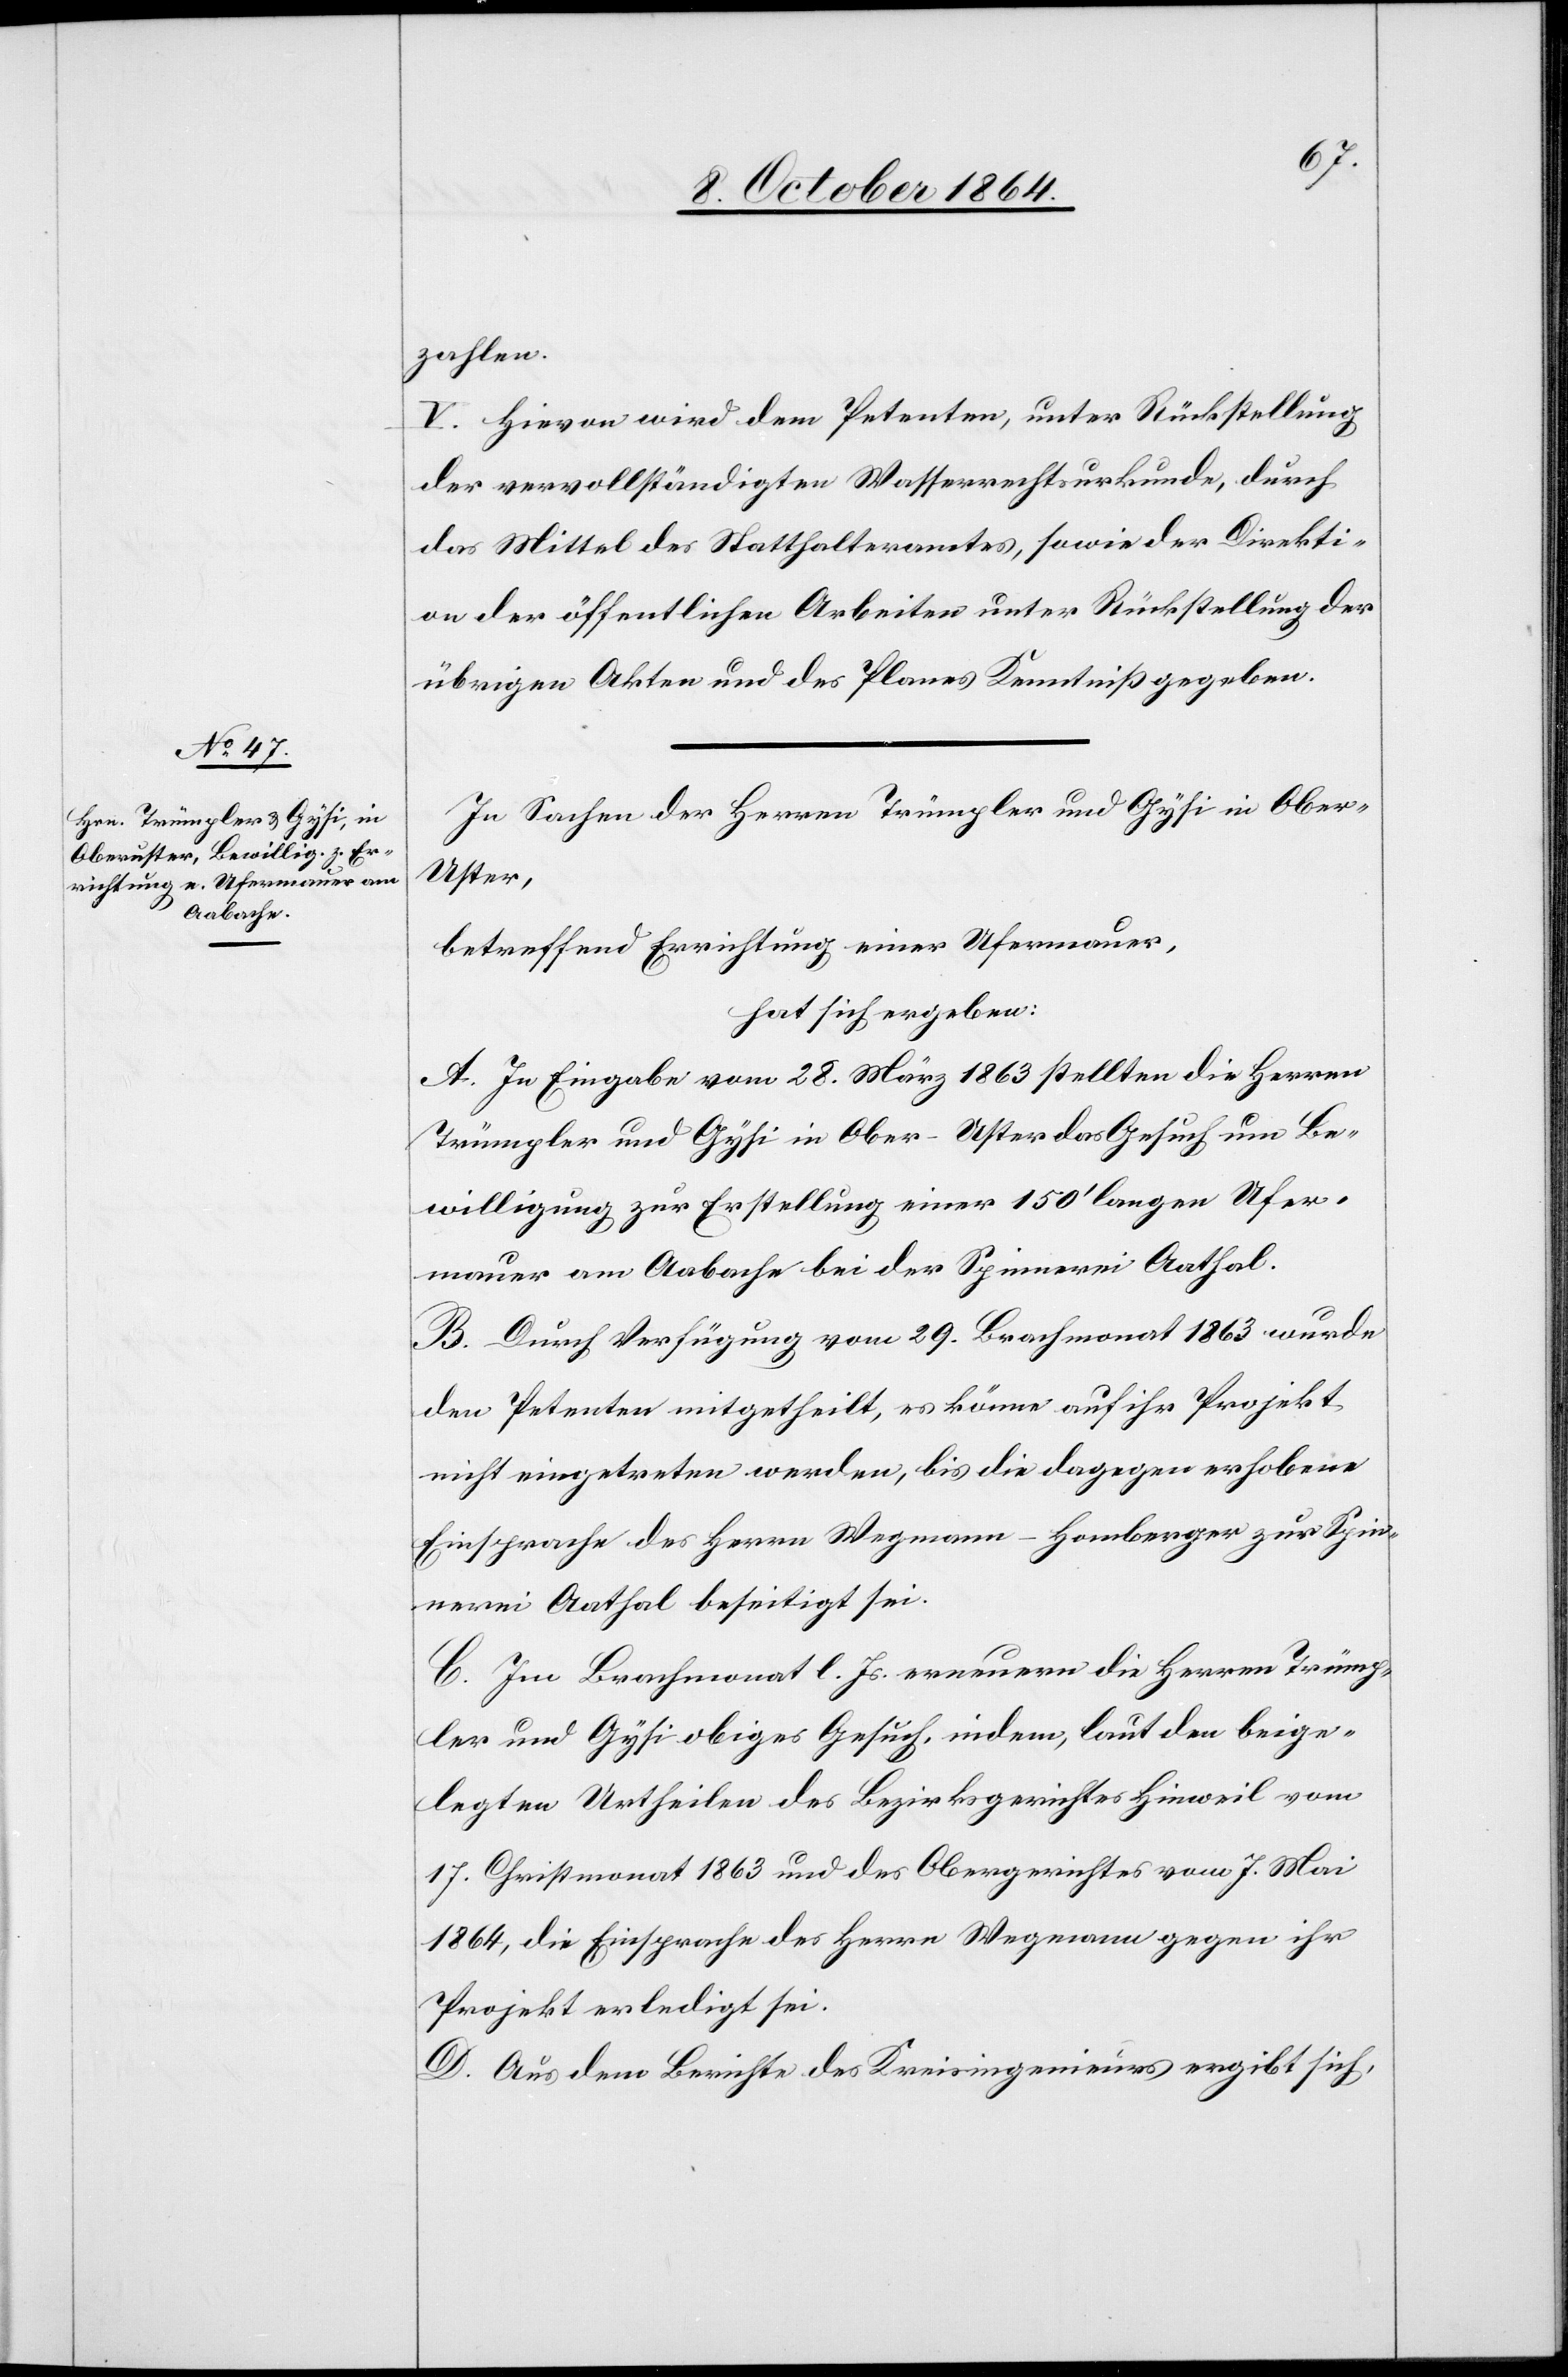
zahlen.
V. Hievon wird dem Petenten, unter Rückstellung
der vervollständigten Wasserrechtsurkunde, durch
das Mittel des Statthalteramtes, sowie der Direkti¬
on der öffentlichen Arbeiten unter Rückstellung der
übrigen Akten und des Planes Kenntniß gegeben.
In Sachen der Herren Trümpler und Gysi in Ober-U¬
ster,
betreffend Errichtung einer Ufermauer,
hat sich ergeben:
A. In Eingabe vom 28. März 1863 stellten die Herren
Trümpler und Gysi in Ober-Uster das Gesuch um Be¬
willigung zur Erstellung einer 150’ langen Ufer¬
mauer am Aabache bei der Spinnerei Aathal.
B. Durch Verfügung vom 29. Brachmonat 1863 wurde
den Petenten mitgetheilt, es könne auf ihr Projekt
nicht eingetreten werden, bis die dagegen erhobene
Einsprache des Herrn Wegmann-Homberger zur Spin¬
nerei Aathal beseitigt sei.
C. Im Brachmonat l. Js. erneuern die Herren Trümp¬
ler und Gysi obiges Gesuch, indem, laut den beige¬
legen Urtheilen des Bezirksgerichtes Hinweil vom
17. Christmonat 1863 und des Obergerichtes vom 7. Mai
1864, die Einsprache des Herrn Wegmann gegen ihr
Projekt erledigt sei.
D. Aus dem Berichte des Kreisingenieurs ergibt sich,